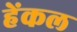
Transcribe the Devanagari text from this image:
हेंकल